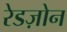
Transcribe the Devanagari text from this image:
रेडज़ोन